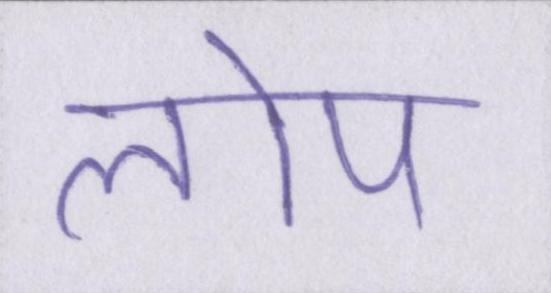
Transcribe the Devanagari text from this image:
लोप